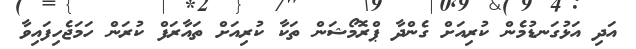
އަދި އަޅުގަނޑުމެން ކުރިއަށް ގެންދާ ޕްރޮމޯޝަން ތަކާ ކުރިއަށް ތައާރަފް ކުރަން ހަމަޖެހިފައިވާ